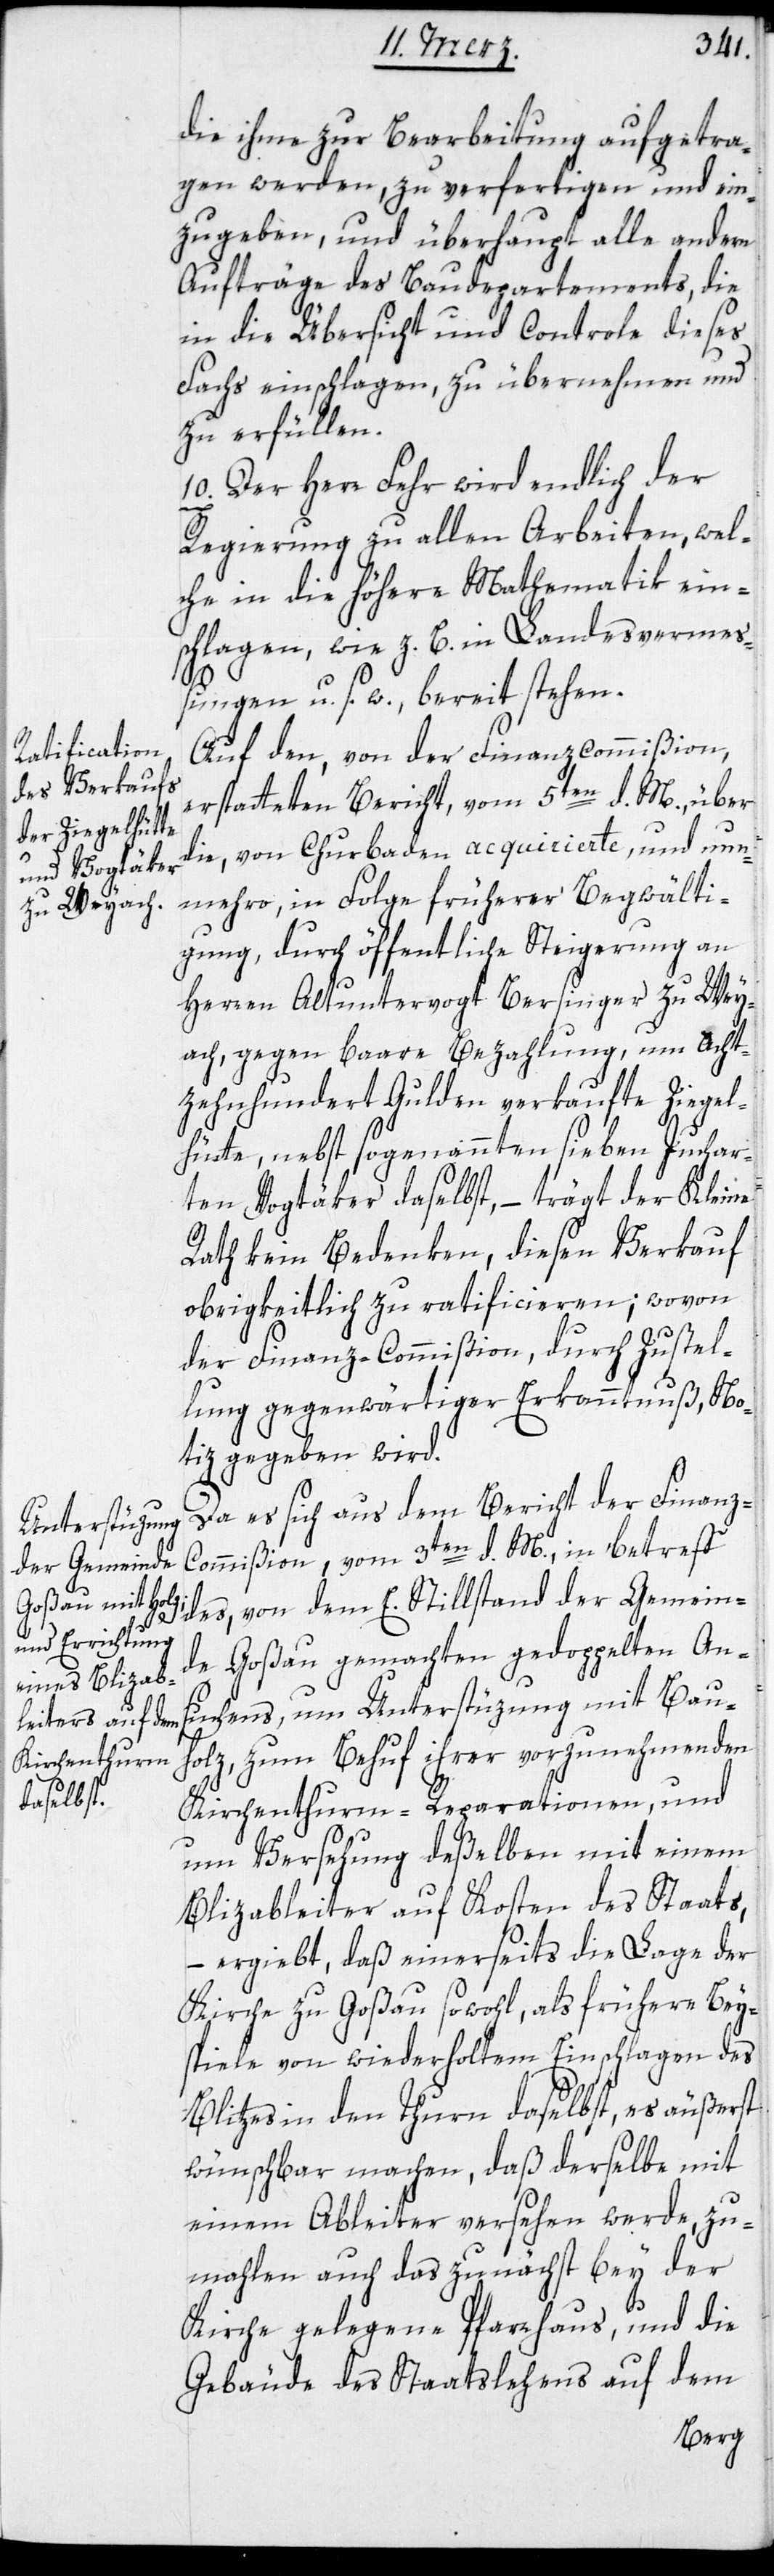
die ihme zur Bearbeitung aufgetra¬
gen werden, zu verfertigen und ein¬
zugeben, und überhaupt alle andern
Aufträge des Baudepartements, die
in die Übersicht und Controle dieses
Fachs einschlagen, zu übernehmen und
zu erfüllen.
10. Der Herr Fehr wird endlich der
Regierung zu allen Arbeiten, wel¬
che in die höhere Mathematik ein¬
schlagen, wie z. B. Landesvermeß¬
ungen u. s. w., bereit stehen.
Auf den, von der Finanzcommißion,
erstatteten Bericht, vom 5ten d. M., über
die, von Churbaden acquirierte, und nun¬
mehro, in Folge früherer Begwälti¬
gung, durch öffentliche Steigerung an
Herren Altuntervogt Bersinger zu Wey¬
ach, gegen baare Bezahlung um Acht¬
zehnhundert Gulden verkaufte Ziegel¬
hütte, nebst sogenannten sieben Juchar¬
ten Vogtäker daselbst, – trägt der Kleine
Rath kein Bedenken, diesen Verkauf
obrigkeitlich zu ratificieren; wovon
der Finanz-Commißion, durch Zustel¬
lung gegenwärtiger Erkanntnuß, No¬
tiz gegeben wird.
Da es sich aus dem Bericht der Finanz-C¬
ommißion, vom 3ten d. M., in betreff
des, von dem E. Stillstand der Gemein¬
de Goßau, gemachten gedoppelten Ans¬
uchens, um Unterstüzung mit Bau¬
holz, zum Behuf ihrer vorzunehmenden
Kirchenthurm-Reparationen, und
um Versehung deßelben mit einem
Blizableiter auf Kosten des Staats,
– ergiebt, daß einerseits die Lage der
Kirche zu Goßau sowohl, als frühere Bey¬
spiele von wiederholtem Einschlagen des
Blitzes in den Thurn daselbst, es äußerst
wünschbar machen, daß derselbe mit
einem Ableiter versehen werde, zu¬
mahlen auch das zunächst bey der
Kirche gelegene Pfarrhaus, und die
Gebäude des Staatslehens auf dem